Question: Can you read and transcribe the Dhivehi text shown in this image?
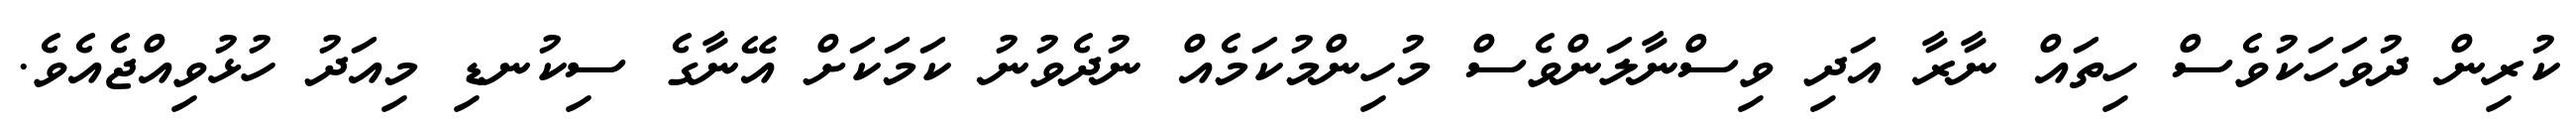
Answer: ކުރިން ދުވަހަކުވެސް ހިތައް ނާރާ އަދި ވިސްނާލަންވެސް މުހިންމުކަމެއް ނުދެވުނު ކަމަކަށް އޭނާގެ ސިކުނޑި މިއަދު ހުޅުވިއްޖެއެވެ.